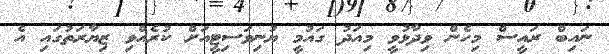
ނައިބް ރައީސް މިހެން ވިދާޅުވީ މިއަދު ގައުމީ ޔުނިވަސިޓީއަށް ކުރެއްވި ޒިޔާރަތުގައި އެ